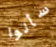
سألوا